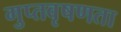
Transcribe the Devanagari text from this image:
गुप्‍तवृषणता